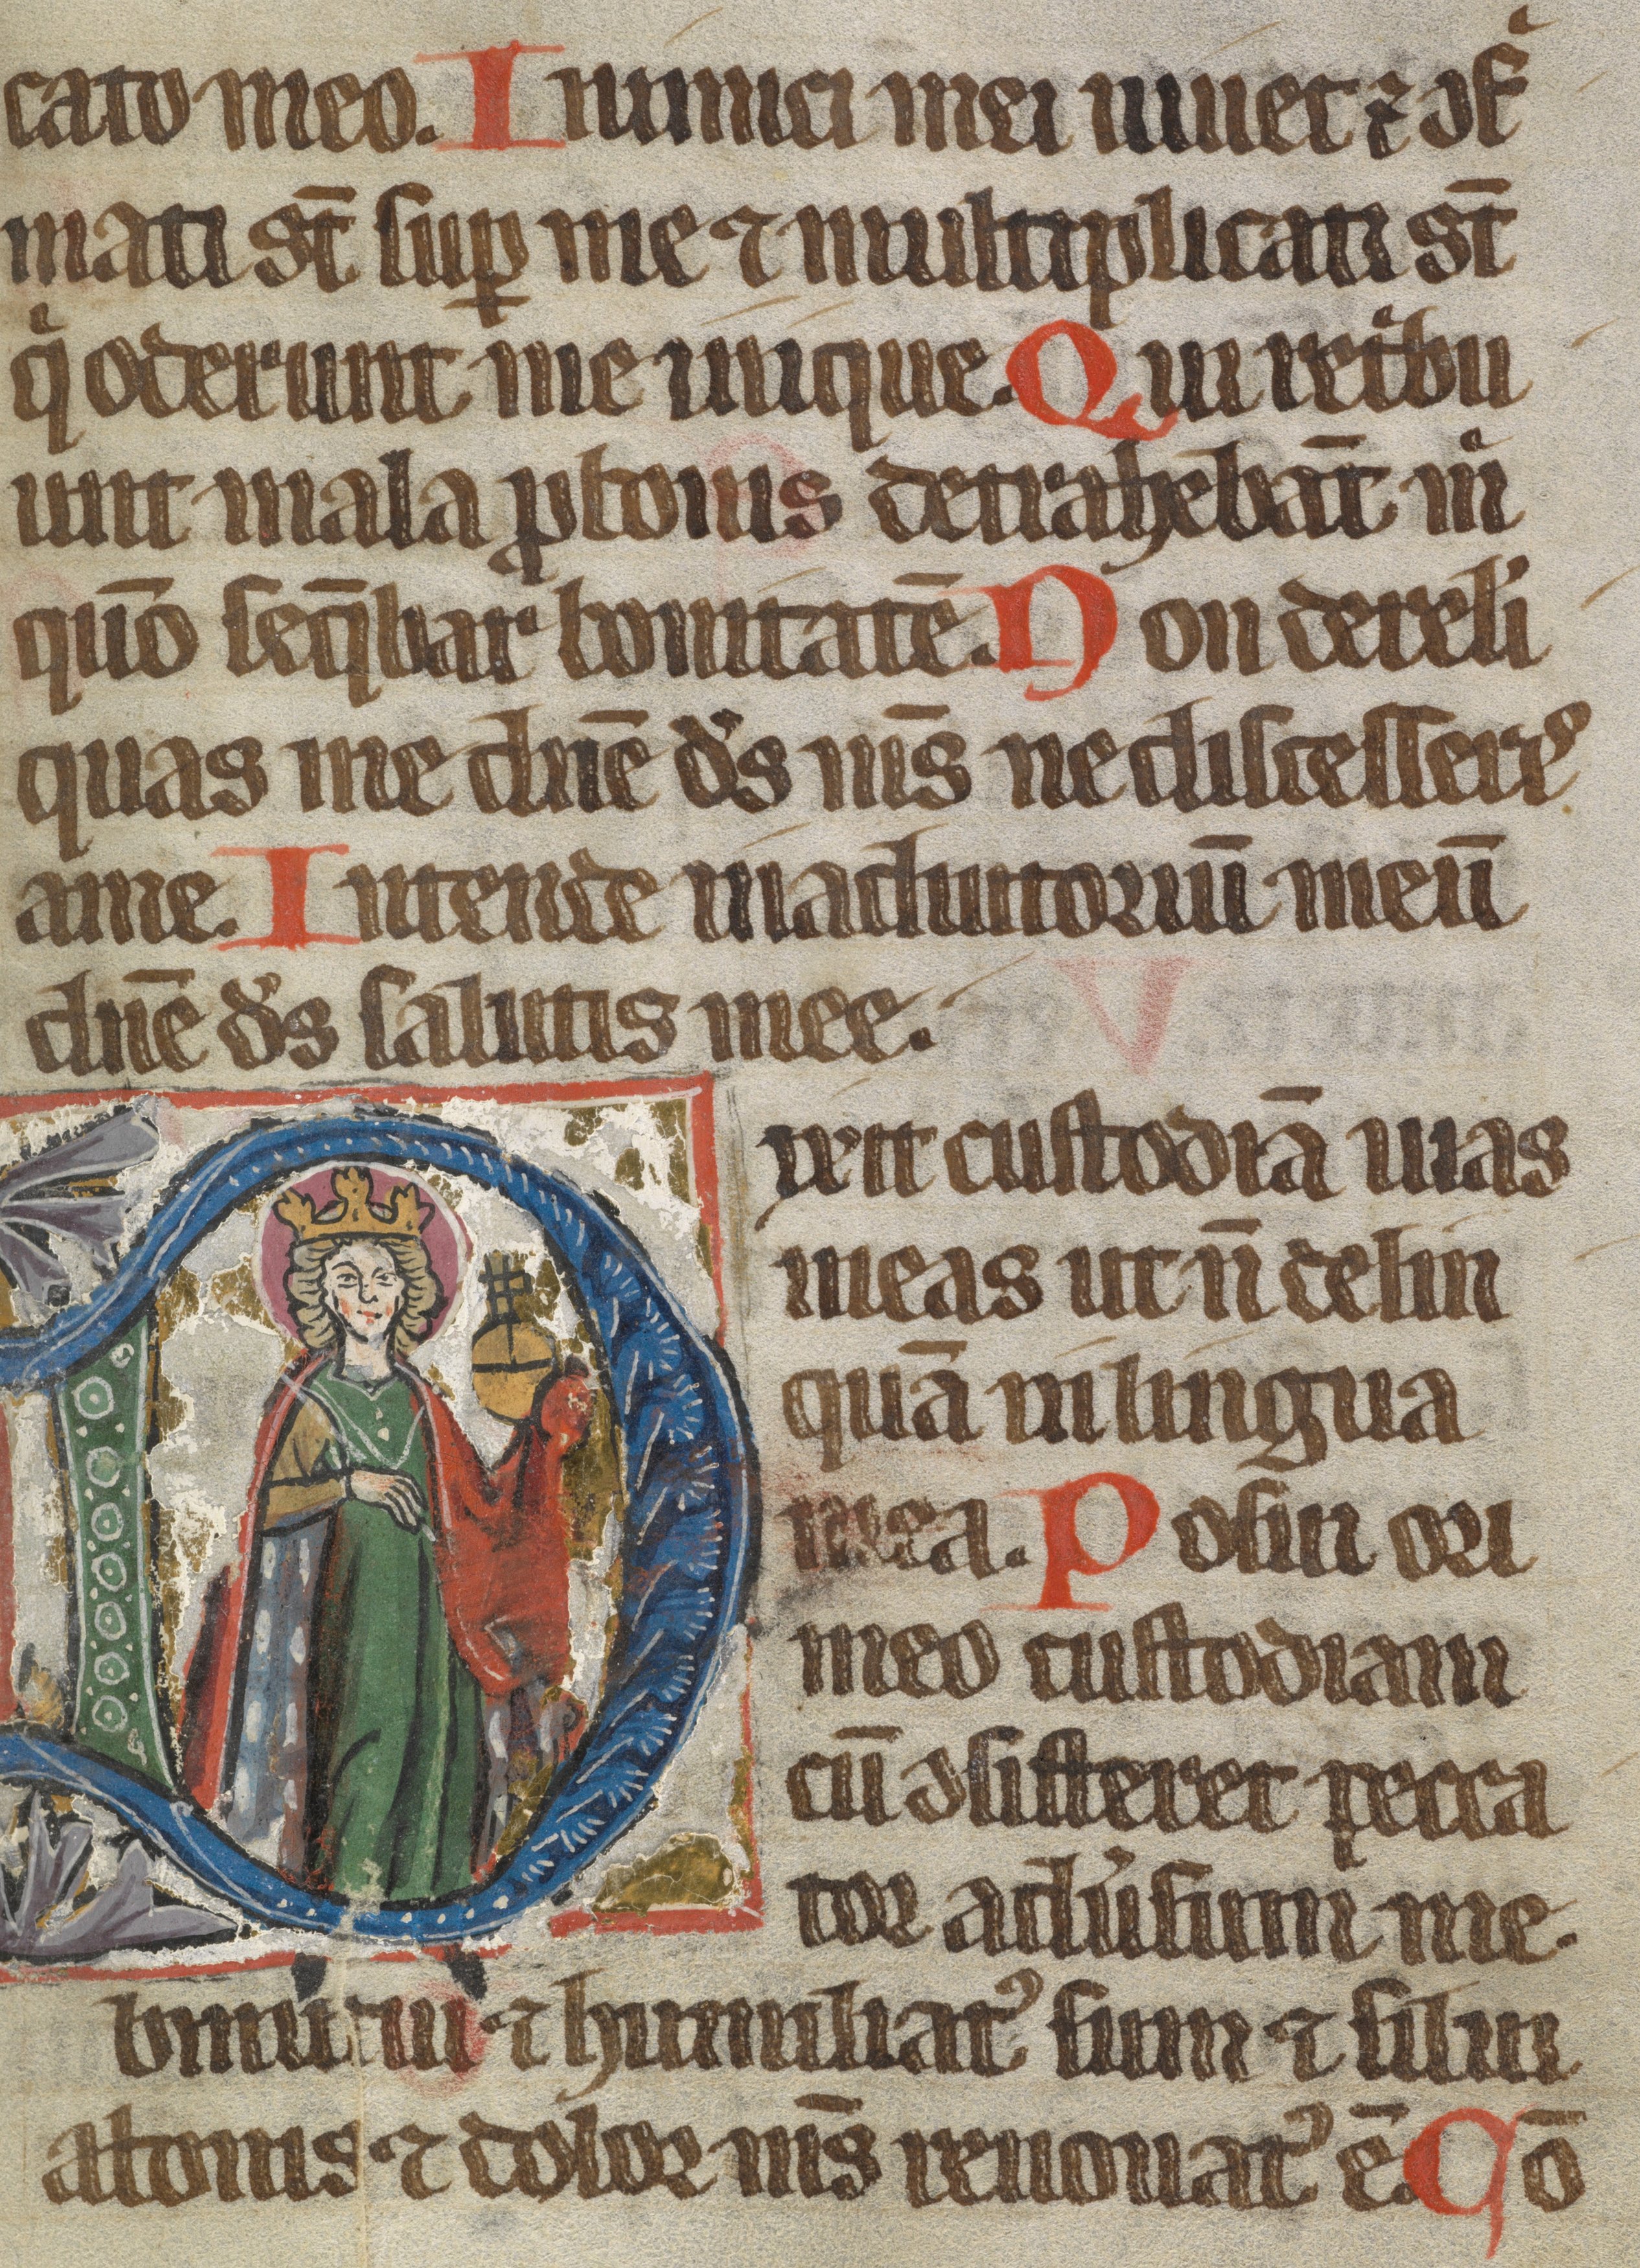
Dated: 1300–1399